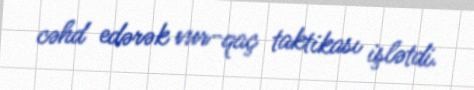
cəhd edərək vur-qaç taktikası işlətdi.